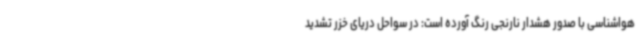
هواشناسی با صدور هشدار نارنجی رنگ آورده است: در سواحل دریای خزر تشدید